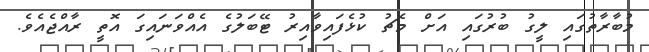
މުބާރާތުގައި ލީގު ބުރުގައި އަށް މެޗު ކުޅެފައިވާއިރު ޓޭބަލުގެ އެއްވަނައިގަ އޮތީ ރާއްޖެއެވެ.